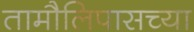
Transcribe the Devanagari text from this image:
तामौलिपासच्या